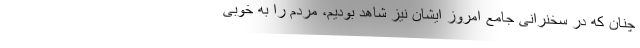
چنان که در سخنرانی جامع امروز ایشان نیز شاهد بودیم، مردم را به خوبی